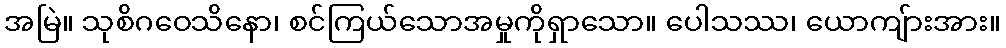
အမြဲ။ သုစိဂဝေသိနော၊ စင်ကြယ်သောအမှုကိုရှာသော။ ပေါသဿ၊ ယောကျ်ားအား။